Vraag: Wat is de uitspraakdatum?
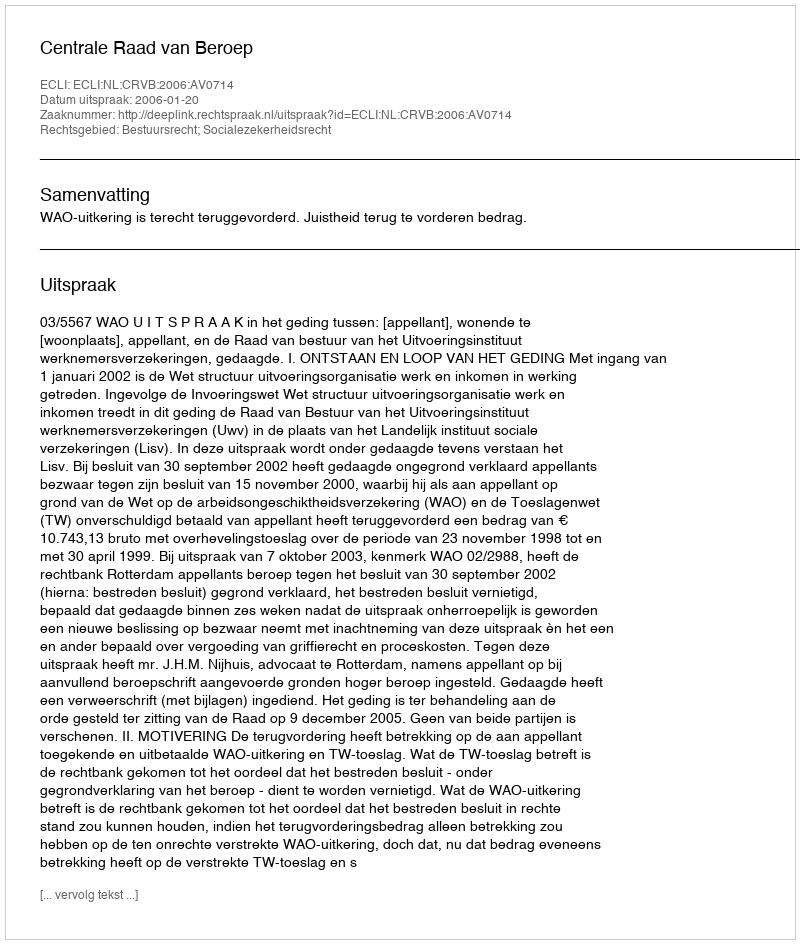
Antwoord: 2006-01-20